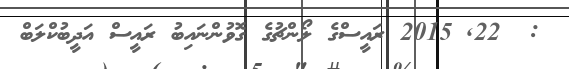
:  22